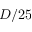
D / 2 5